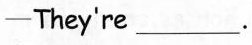
— They're ___ .